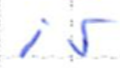
Text: is
Cross-out: clean
Writing tool: ballpoint